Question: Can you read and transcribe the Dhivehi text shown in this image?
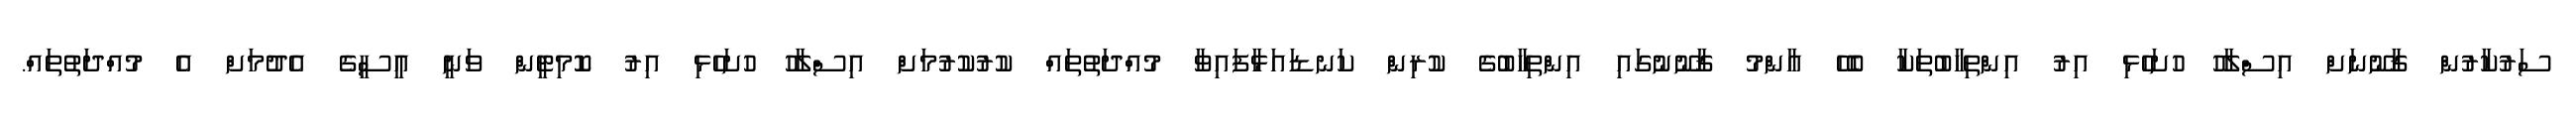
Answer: ސަރުކާރުން ޤާނޫނަށް އިސްލާހު ހުށަހެޅި އިރު އިންތިހާބުތަކާ ބެހޭ އާންމު ޤާނޫނުގައި އިންތިހާބުގެ ކުރިން ކަނޑައަޅާފައިވާ މުއްދަތުތައް ކުރުކުރުމަށް އިސްލާހު ހުށަހެޅި އިރު ކޮމިޓީން ވަނީ އީސީގެ އެދުމަށް އެ މުއްދަތުތައް.